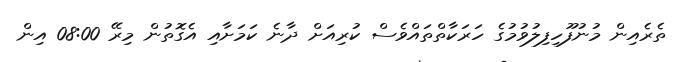
ތެރެއިން މުނުފޫހިފިލުވުމުގެ ހަރަކާތްތައްވެސް ކުރިއަށް ދާނެ ކަމަށާއި އެގޮތުން މިރޭ 08:00 އިން